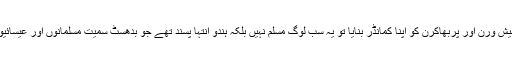
جب تامل ٹائیگرز نے اوما مہیش ورن اور پربھاکرن کو اپنا کمانڈر بنایا تو یہ سب لوگ مسلم نہیں بلکہ ہندو انتہا پسند تھے جو بدھسٹ سمیت مسلمانوں اور عیسائیوں کو برداشت نہ کرتے تھے۔